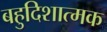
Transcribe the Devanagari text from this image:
बहुदिशात्मक